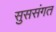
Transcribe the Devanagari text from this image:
सुससंगत